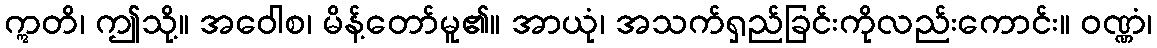
ဣတိ၊ ဤသို့။ အဝေါစ၊ မိန့်တော်မူ၏။ အာယုံ၊ အသက်ရှည်ခြင်းကိုလည်းကောင်း။ ဝဏ္ဏံ၊